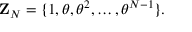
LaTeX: { \mathbf Z } _ { N } = \{ 1 , \theta , { \theta } ^ { 2 } , \dots , { \theta } ^ { N - 1 } \} .